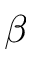
\beta